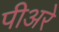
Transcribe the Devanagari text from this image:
पीअरे